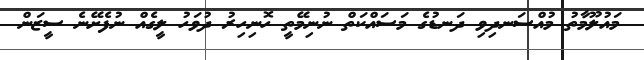
މައުލޫމާތު މުއްސަނދިވި ދަނޑުގެ މަސައްކަތް ނުނިމޭތީ ހޮނިހިރު ދުވަހު ލީގެއް ނުފެށޭނެ ސީޒަން